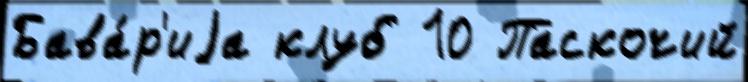
Бава́р'иjа клуб 10 Паскочий